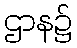
ဌာန၌